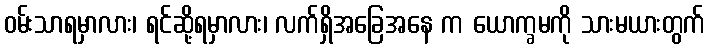
ဝမ်းသာရမှာလား၊ ရင်ဆို့ရမှာလား၊ လက်ရှိအခြေအနေ က ယောက္ခမကို သားမယားတွက်